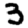
Digit: 3